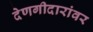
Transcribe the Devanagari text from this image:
देणगीदारांवर